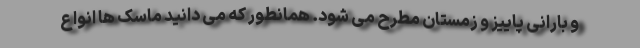
و بارانی پاییز و زمستان مطرح می شود. همانطور که می دانید ماسک ها انواع